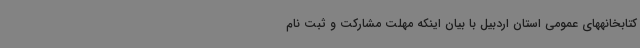
کتابخانههای عمومی استان اردبیل با بیان اینکه مهلت مشارکت و ثبت نام